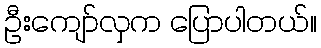
ဦးကျော်လှက ပြောပါတယ်။